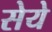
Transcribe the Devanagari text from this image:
सेये